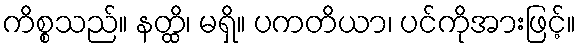
ကိစ္စသည်။ နတ္ထိ၊ မရှိ။ ပကတိယာ၊ ပင်ကိုအားဖြင့်။